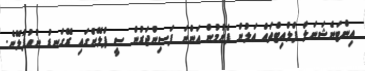
އިންޓަނެޝަނަލް ފްލްއިޓްތައް އަލުން ފެށުމުން އަންނަ ފަސިންޖަރުން ސީ ޕްލޭންގައި ރޭގަނޑު ނުއުފުލޭނެ.